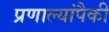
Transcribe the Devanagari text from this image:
प्रणाल्यांपैकी